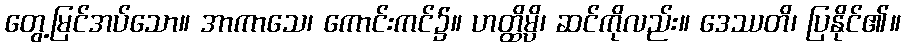
တွေ့မြင်အပ်သော။ အာကာသေ၊ ကောင်းကင်၌။ ဟတ္ထိမ္ပိ၊ ဆင်ကိုလည်း။ ဒေဿတိ၊ ပြနိုင်၏။